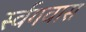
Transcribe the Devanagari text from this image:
र्स्वगवास